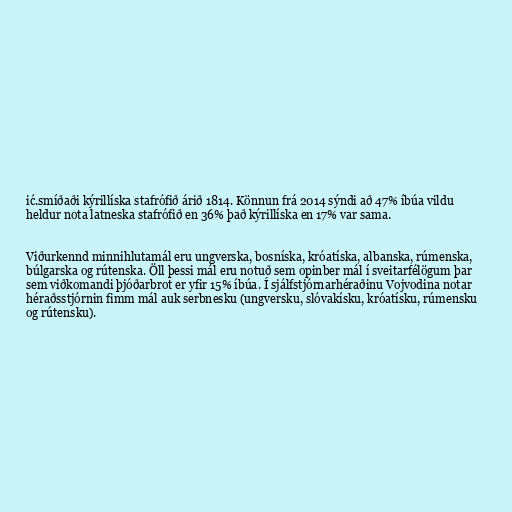
ić.smíðaði kýrillíska stafrófið árið 1814. Könnun frá 2014 sýndi að 47% íbúa vildu
heldur nota latneska stafrófið en 36% það kýrillíska en 17% var sama.

Viðurkennd minnihlutamál eru ungverska, bosníska, króatíska, albanska, rúmenska,
búlgarska og rútenska. Öll þessi mál eru notuð sem opinber mál í sveitarfélögum þar
sem viðkomandi þjóðarbrot er yfir 15% íbúa. Í sjálfstjórnarhéraðinu Vojvodina notar
héraðsstjórnin fimm mál auk serbnesku (ungversku, slóvakísku, króatísku, rúmensku
og rútensku).